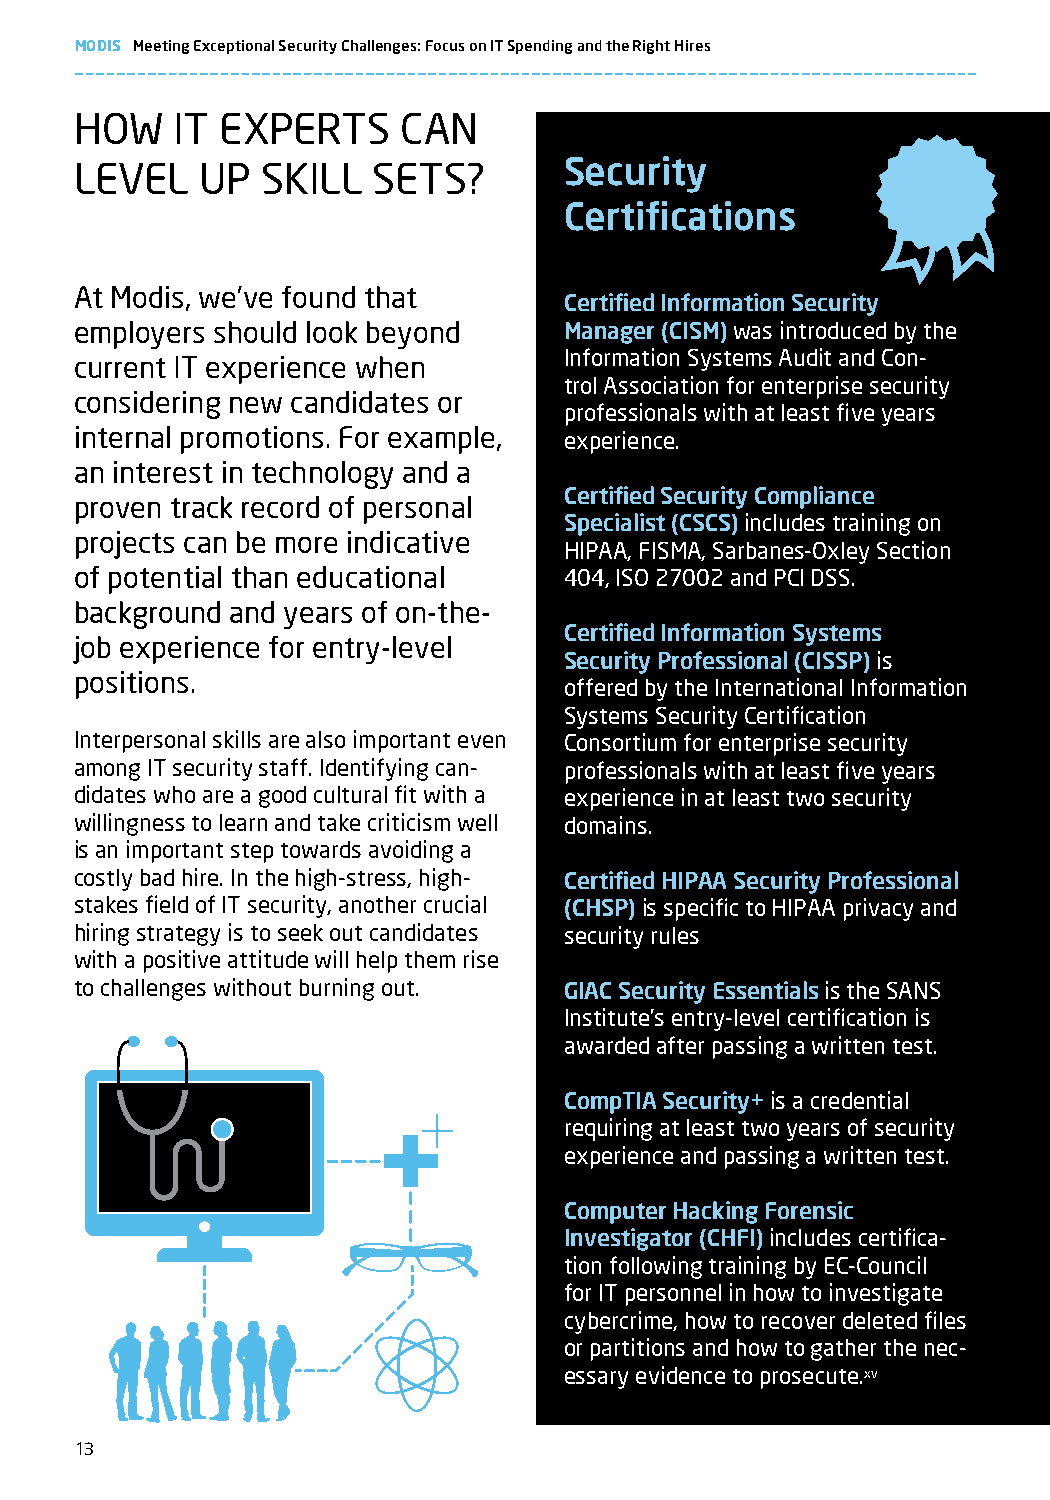
MODIS Meeting Exceptional Security Challenges: Focus on IT Spending and the Right Hires
 HOW   IT  ExPERTS    CAN
 LEVEL   UP  SkILL   SETS?       Security
 Certifications
 At Modis, we’ve found that
 Certified Information Security
 employers should look beyond    Manager (CISM) was introduced by the
 Information Systems Audit and Con-
 current IT experience when
 trol Association for enterprise security
 considering new candidates or
 professionals with at least five years
 internal promotions. For example, experience.
 an interest in technology and a
 Certified Security Compliance
 proven track record of personal
 Specialist (CSCS) includes training on
 projects can be more indicative
 HIPAA, FISMA, Sarbanes-Oxley Section
 of potential than educational   404, ISO 27002 and PCI DSS.
 background and years of on-the-
 Certified Information Systems
 job experience for entry-level
 Security Professional (CISSP) is
 positions.
 offered by the International Information
 Systems Security Certification
 Interpersonal skills are also important even Consortium for enterprise security
 among IT security staff. Identifying can- professionals with at least five years
 didates who are a good cultural fit with a experience in at least two security
 willingness to learn and take criticism well domains.
 is an important step towards avoiding a
 costly bad hire. In the high-stress, high- Certified HIPAA Security Professional
 stakes field of IT security, another crucial (CHSP) is specific to HIPAA privacy and
 hiring strategy is to seek out candidates security rules
 with a positive attitude will help them rise
 to challenges without burning out. GIAC Security Essentials is the SANS
 Institute’s entry-level certification is
 awarded after passing a written test.
 CompTIA Security+ is a credential
 requiring at least two years of security
 experience and passing a written test.
 Computer Hacking Forensic
 Investigator (CHFI) includes certifica-
 tion following training by EC-Council
 for IT personnel in how to investigate
 cybercrime, how to recover deleted files
 or partitions and how to gather the nec-
 essary evidence to prosecute.xv
 13